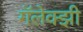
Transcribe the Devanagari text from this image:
गॅलेक्झी